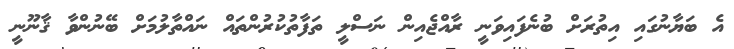
އެ ބަޔާނުގައި އިތުރަށް ބުނެފައިވަނީ ރާއްޖެއިން ނަސްލީ ތަފާތުކުރުންތައް ނައްތާލުމަށް ބޭނުންވާ ޤާނޫނީ